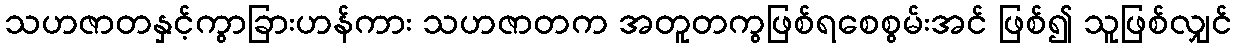
သဟဇာတနှင့်ကွာခြားဟန်ကား သဟဇာတက အတူတကွဖြစ်ရစေစွမ်းအင် ဖြစ်၍ သူဖြစ်လျှင်